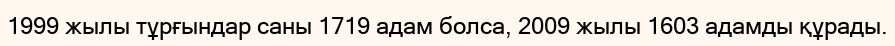
1999 жылы тұрғындар саны 1719 адам болса, 2009 жылы 1603 адамды құрады.